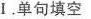
Ⅰ.单句填空